Annual report of the Imperial Bacteriological Laboratory, Muktesar
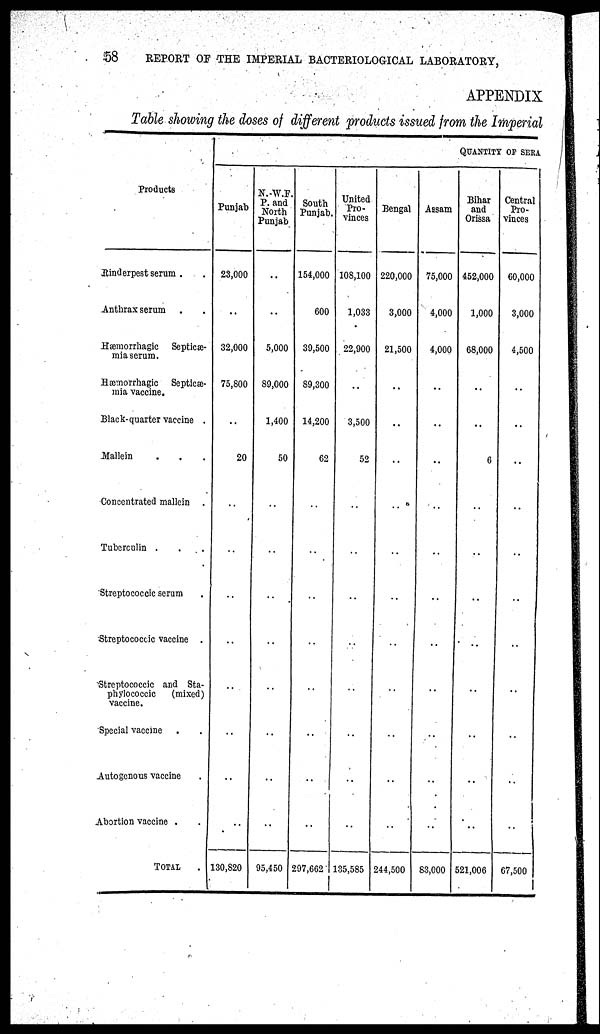
58
REPORT OF THE IMPERIAL BACTERIOLOGICAL LABORATORY,
APPENDIX
Table showing the doses of different products issued from the Imperial
Products
Rinderpest serum . .
Anthrax serum . .
Hæmorrhagic
Septicæ-
mia serum.
Hæmorrhagic Septicæ-
mia vaccine.
Black-quarter vaccine .
Mallein . . .
Concentrated mallein .
Tuberculin . . .
Streptococcic serum .
Streptococcic vaccine .
Streptococcic and Sta-
phylococcic
(mixed)
vaccine.
Special vaccine . .
Autogenous vaccine .
Abortion vaccine . .
TOTAL .
QUANTITY OF SERA
Punjab
23,000
..
32,000
75,800
..
20
..
..
..
..
..
..
..
130,820
N.W.F.
P. and
North
Punjab
....
..
5,000
89,000
1,400
50
..
..
..
..
..
..
..
95,450
South
Punjab.
154,000
600
39,500
89,300
14,200
62
..
..
..
..
..
..
..
297,662
United
Pro-
vinces
108,100
1,033
22,900
..
3,500
52
..
..
..
..
..
..
..
135,585
Bengal
220,000
3,000
21,500
..
..
..
..
..
..
..
..
..
..
244,500
Assam
75,000
4,000
4,000
..
..
..
..
..
..
..
..
..
..
83,000
Bihar
and
Orissa
452,000
1,000
68,000
..
..
6
..
..
..
..
..
..
..
521,006
Central
Pro-
vinces
60,000
3,000
4,500
..
..
..
..
..
..
..
..
..
..
67,500